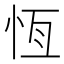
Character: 恆